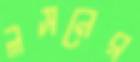
লসনের